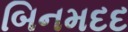
બિનમદદ